Lunatic asylums Bombay report 1878-1890 - 1878-1890
Year: 1878
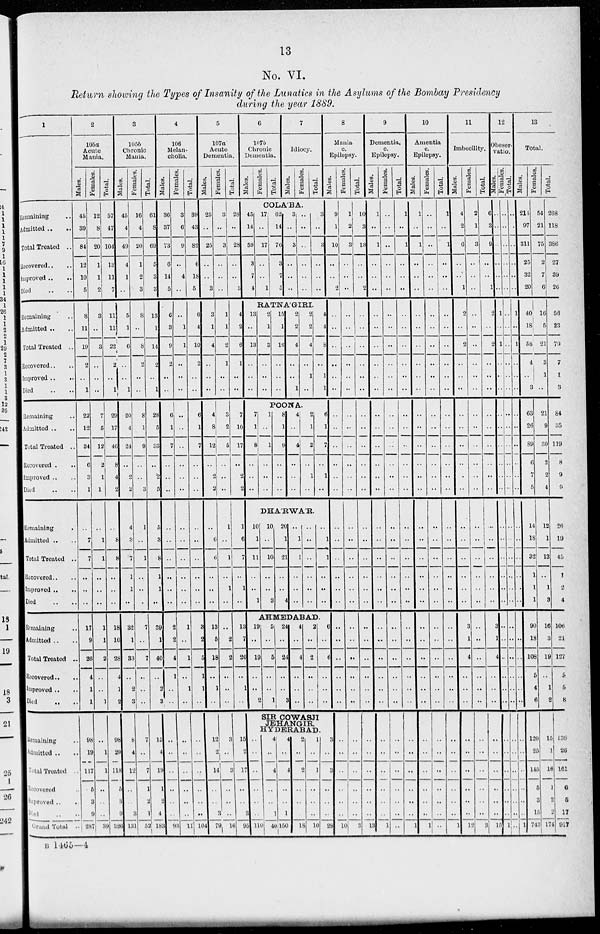
13
No. VI.
Return showing the Types of Insanity of the Lunatics in the Asylums of the Bombay Presidency
during the year 1889.
1
Remaining ..
Admitted
..
..
Total Treated ..
Recovered .. ..
Improved .. ..
Died .. ..
Remaining ..
Admitted .. ..
Total Treated ..
Recovered .. ..
Improved .. ..
Died .. ..
Remaining ..
Admitted .. ..
Total Treated ..
Recovered .. ..
Improved .. ..
Died .. ..
Remaining
..
Admitted .. ..
Total Treated ..
Recovered .. ..
Improved .. ..
Died .. ..
Remaining ..
Admitted .. ..
Total Treated ..
Recovered .. ..
Improved .. ..
Died
..
..
Remaining ..
Admitted .. ..
Total Treated ..
Recovered ..
Improved .. ..
Died .. ..
Grand Total ..
2
105a
Acute
Mania.
Males.
45
39
84
12
10
5
8
11
19
2
..
1
22
12
34
6
3
1
..
7
7
..
..
..
17
9
26
4
1
1
98
19
117
5
8
9
287
Females.
12
8
20
1
1
2
3
..
3
..
..
..
7
5
12
2
1
1
..
1
1
..
..
..
1
1
2
..
..
1
..
1
1
..
..
..
39
Total.
57
47
104
13
11
7
11
11
22
2
..
1
29
17
46
8
4
2
..
8
8
..
..
..
18
10
28
4
1
2
98
20
118
5
8
9
326
3
105b
Chronic
Mania.
Males.
45
4
49
4
1
..
5
1
6
..
..
1
20
4
24
..
2
2
4
8
7
1
1
..
32
1
33
..
2
3
8
4
12
..
..
3
131
Females.
16
4
20
1
2
3
8
..
8
2
..
..
8
1
9
..
..
3
1
..
1
..
..
..
7
..
7
..
..
..
7
..
7
1
2
1
52
Total.
61
8
69
5
3
3
13
1
14
2
..
1
28
5
33
..
2
5
5
8
8
1
1
..
39
1
40
..
2
3
15
4
19
1
2
4
183
4
106
Melan-
cholia.
Males.
36
37
73
6
14
5
6
3
9
2
..
..
6
1
7
..
..
..
..
..
..
..
..
..
2
2
4
1
..
..
..
..
..
..
..
..
93
Females.
3
6
9
..
4
..
..
1
1
..
..
..
..
..
..
..
..
..
..
..
..
..
..
..
1
..
1
..
1
..
..
..
..
..
..
..
11
Total.
39
43
82
6
18
5
6
4
10
2
..
..
6
1
7
..
..
..
..
..
..
..
..
..
3
2
5
1
1
..
..
..
..
..
..
..
104
5
107a
Acute
Dementia.
Males.
25
..
25
..
..
3
3
1
4
..
..
..
4
8
12
..
2
2
..
6
6
..
..
..
13
5
18
..
1
..
12
2
14
..
..
3
79
Females.
3
..
3
..
..
..
1
1
2
1
..
..
3
2
5
..
..
..
1
..
1
..
1
..
..
2
2
..
..
..
3
..
3
..
..
..
16
Total.
6
107b
Chronic
Dementia.
Males.
Females.
Total.
7
Idiocy.
Males.
Females.
Total.
COLA'BA.
28
..
28
..
..
3
4
2
6
1
..
..
7
10
17
..
2
2
1
6
7
..
1
..
13
7
20
..
1
..
15
2
17
..
..
3
95
45
14
59
3
7
4
17
..
17
..
..
1
62
14
76
3
7
5
3
..
3
..
..
..
..
..
..
..
..
..
3
..
3
..
..
..
RATNA'GIRI.
13
..
13
..
..
..
2
1
3
..
..
..
15
1
16
..
..
..
2
2
4
..
..
1
2
2
4
..
1
..
4
4
8
..
1
1
POONA.
7
1
8
..
..
..
1
..
1
..
..
..
8
1
9
..
..
..
4
..
4
..
..
..
2
1
3
..
1
..
6
1
7
..
1
..
DHA'RWA'R.
10
1
11
..
..
1
10
..
10
..
..
3
20
1
21
..
..
4
..
1
1
..
..
..
..
..
..
..
..
..
..
1
1
..
..
..
AHMEDABAD
19
..
19
..
..
2
5
..
5
..
..
1
24
..
24
..
..
3
4
..
4
..
..
..
2
..
2
..
..
..
6
..
6
..
..
..
SIR COWASJI
JEHANGIR
HYDERABAD.
..
..
..
..
..
..
110
4
..
4
..
..
1
40
4
..
4
..
..
1
150
2
..
2
..
..
..
18
1
..
1
..
..
..
10
3
..
3
..
..
..
28
8
Mania
c.
Epilepsy.
Males.
9
1
10
..
..
2
..
..
..
..
..
..
..
..
..
..
..
..
..
..
..
..
..
..
..
..
..
..
..
..
..
..
..
..
..
..
10
Females.
1
2
3
..
..
..
..
..
..
..
..
..
..
..
..
..
..
..
..
..
..
..
..
..
..
..
..
..
..
..
..
..
..
..
..
..
3
Total.
10
3
13
..
..
2
..
..
..
..
..
..
..
..
..
..
..
..
..
..
..
..
..
..
..
..
..
..
..
..
..
..
..
..
..
..
13
9
Dementia.
c.
Epilepsy.
Males.
1
..
1
..
..
..
..
..
..
..
..
..
..
..
..
..
..
..
..
..
..
..
..
..
..
..
..
..
..
..
..
..
..
..
..
..
1
Females.
..
..
..
..
..
..
..
..
..
..
..
..
..
..
..
..
..
..
..
..
..
..
..
..
..
..
..
..
..
..
..
..
..
..
..
..
..
Total.
1
..
1
..
..
..
..
..
..
..
..
..
..
..
..
..
..
..
..
..
..
..
..
..
..
..
..
..
..
..
..
..
..
..
..
..
1
10
Amentia
c.
Epilepsy.
Males.
1
..
1
..
..
..
..
..
..
..
..
..
..
..
..
..
..
..
..
..
..
..
..
..
..
..
..
..
..
..
..
..
..
..
..
..
1
Females.
..
..
..
..
..
..
..
..
..
..
..
..
..
..
..
..
..
..
..
..
..
..
..
..
..
..
..
..
..
..
..
..
..
..
..
..
..
Total.
1
..
1
..
..
..
..
..
..
..
..
..
..
..
..
..
..
..
..
..
..
..
..
..
..
..
..
..
..
..
..
..
..
..
..
..
1
11
Imbecility.
Males.
4
2
6
..
..
1
2
..
2
..
..
..
..
..
..
..
..
..
..
..
..
..
..
..
3
1
4
..
..
..
..
..
..
..
..
..
12
Females.
2
1
3
..
..
..
..
..
..
..
..
..
..
..
..
..
..
..
..
..
..
..
..
..
..
..
..
..
..
..
..
..
..
..
..
..
3
Total.
6
3
9
..
..
1
2
..
2
..
..
..
..
..
..
..
..
..
..
..
..
..
..
..
3
1
4
..
..
..
..
..
..
..
..
..
15
12
Obeser-
vatio.
Males.
..
..
..
..
..
..
1
..
1
..
..
..
..
..
..
..
..
..
..
..
..
..
..
..
..
..
..
..
..
..
..
..
..
..
..
..
1
Females.
..
..
..
..
..
..
..
..
..
..
..
..
..
..
..
..
..
..
..
..
..
..
..
..
..
..
..
..
..
..
..
..
..
..
..
..
..
Total.
..
..
..
..
..
..
1
..
1
..
..
..
..
..
..
..
..
..
..
..
..
..
..
..
..
..
..
..
..
..
..
..
..
..
..
..
1
13
Total.
Males.
214
97
311
25
32
20
40
18
58
4
..
3
63
26
89
6
7
5
14
18
32
1
1
1
90
18
108
5
4
6
120
25
145
5
3
15
743
Females.
54
21
75
2
7
6
16
5
21
3
1
..
21
9
30
2
2
4
12
1
13
..
1
3
16
3
19
..
1
2
15
1
16
1
2
2
174
Total.
268
118
386
27
39
26
56
23
79
7
1
3
84
35
119
8
9
9
26
19
45
1
2
4
106
21
127
5
5
8
135
26
161
6
5
17
917
B 1465—4